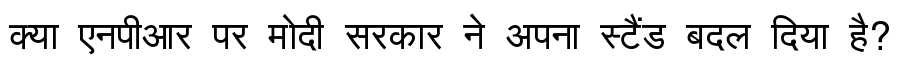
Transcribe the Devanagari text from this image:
क्या एनपीआर पर मोदी सरकार ने अपना स्टैंड बदल दिया है?